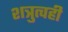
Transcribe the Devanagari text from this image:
शत्रुत्वही